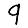
Digit: 9